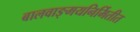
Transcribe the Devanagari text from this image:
बालवाङ्मयनिर्मितीत